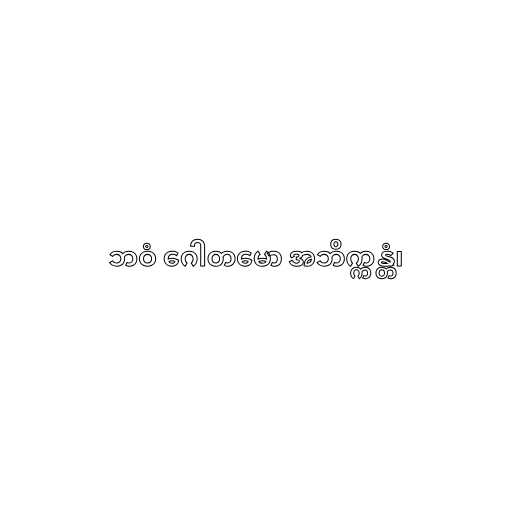
ဘဝံ ဂေါတမော အဘိက္ကန္တံ၊